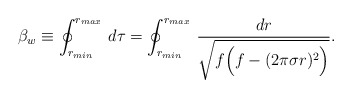
\begin{align*}\beta_{w} \equiv \oint_{r_{min}}^{r_{max}}\,d\tau =\oint_{r_{min}}^{r_{max}}\, {dr \over \sqrt{ f \Big(f - (2 \pi \sigma r)^2 \Big)}}.\end{align*}